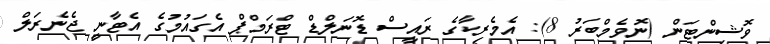
ވޮޝިންޓަން (ނޮވެމްބަރު 8): އެމެރިކާގެ ރައީސް ޑޮނަލްޑް ޓްރަމްޕް އެގައުމުގެ އެޓާނީ ޖެނެރަލް